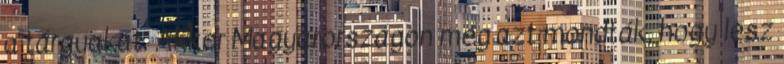
a tárgyakat. Akkor Magyarországon még azt mondták, hogy lesz